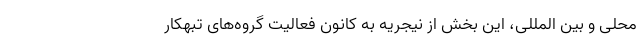
محلی و بین المللی، این بخش از نیجریه به کانون فعالیت گروه‌های تبهکار